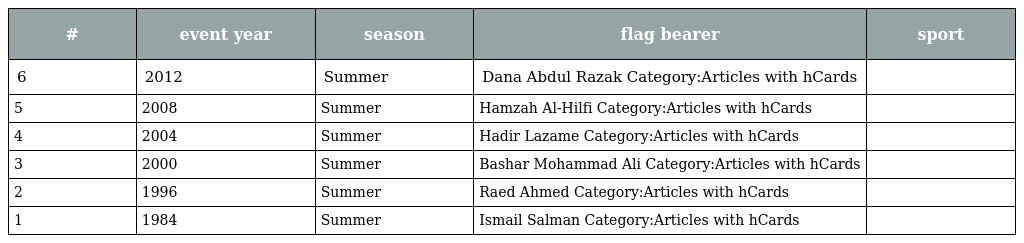
| # | event year | season | flag bearer | sport |
 | --- | --- | --- | --- | --- |
 | 6 | 2012 | Summer | Dana Abdul Razak Category:Articles with hCards |  |
 | 5 | 2008 | Summer | Hamzah Al-Hilfi Category:Articles with hCards |  |
 | 4 | 2004 | Summer | Hadir Lazame Category:Articles with hCards |  |
 | 3 | 2000 | Summer | Bashar Mohammad Ali Category:Articles with hCards |  |
 | 2 | 1996 | Summer | Raed Ahmed Category:Articles with hCards |  |
 | 1 | 1984 | Summer | Ismail Salman Category:Articles with hCards |  |